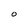
Character: O